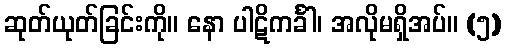
ဆုတ်ယုတ်ခြင်းကို။ နော ပါဋိကင်္ခါ၊ အလိုမရှိအပ်။ (၅)